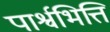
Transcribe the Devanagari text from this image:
पार्श्वभित्ति